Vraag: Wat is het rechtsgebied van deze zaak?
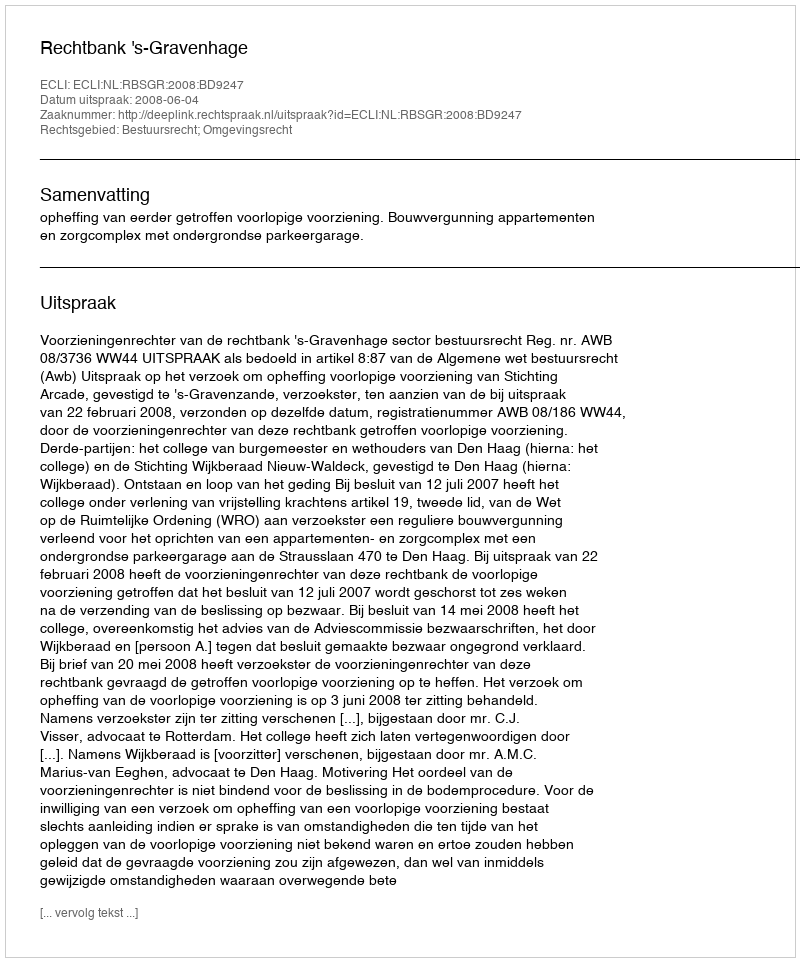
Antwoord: Bestuursrecht; Omgevingsrecht